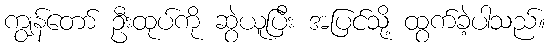
ကျွန်တော် ဦးထုပ်ကို ဆွဲယူပြီး အပြင်သို့ ထွက်ခဲ့ပါသည်။